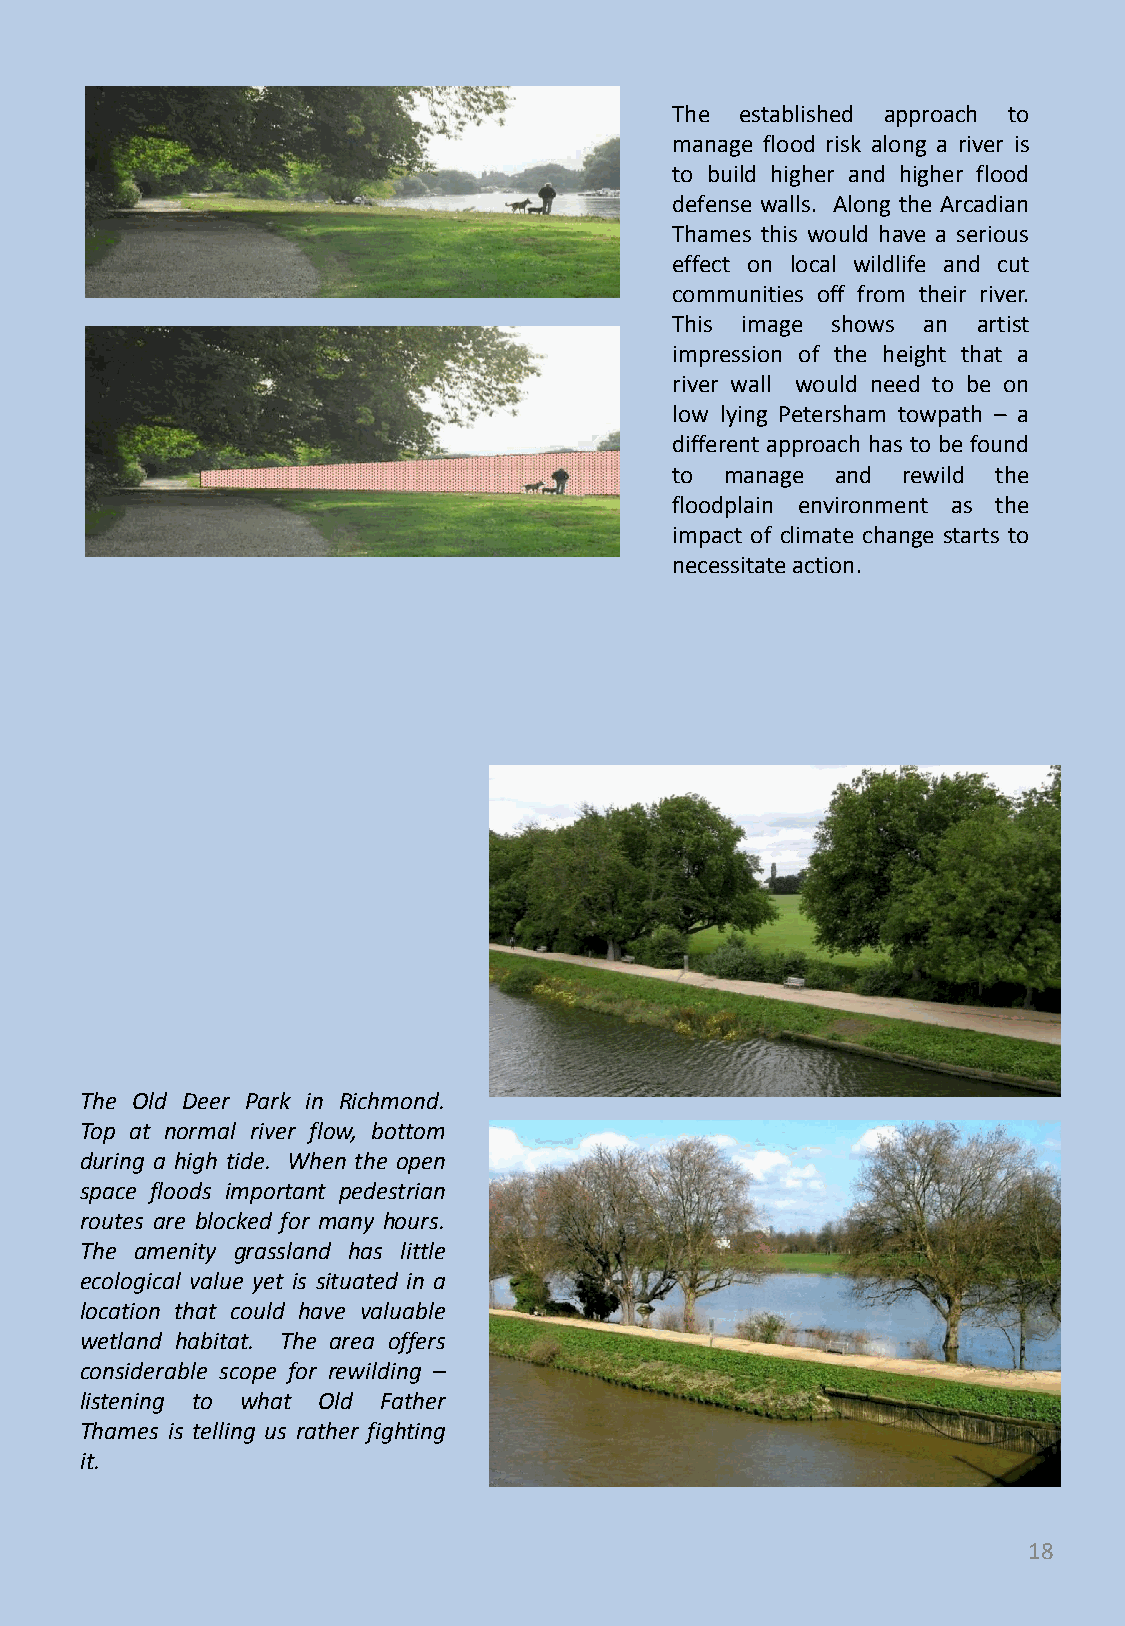
The established approach to
 manage flood risk along a river is
 to build higher and higher flood
 defense walls. Along the Arcadian
 Thames this would have a serious
 effect on local wildlife and cut
 communities off from their river.
 This image shows an artist
 impression of the height that a
 river wall would need to be on
 low lying Petersham towpath – a
 different approach has to be found
 to manage and  rewild the
 floodplain environment as the
 impact of climate change starts to
 necessitateaction.
 The Old Deer Park in Richmond.
 Top at normal river flow, bottom
 during a high tide. When the open
 space floods important pedestrian
 routes are blocked for many hours.
 The amenity grassland has little
 ecological value yet is situated in a
 location that could have valuable
 wetland habitat. The area offers
 considerable scope for rewilding –
 listening to what Old Father
 Thames is telling us rather fighting
 it.
 18